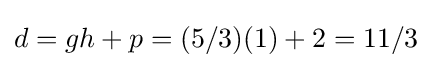
d=gh+p=(5/3)(1)+2=11/3